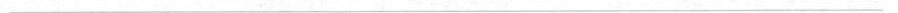
___